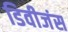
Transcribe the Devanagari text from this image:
डिवीजंस